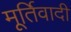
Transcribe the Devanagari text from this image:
मूर्तिवादी